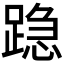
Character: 𰸣